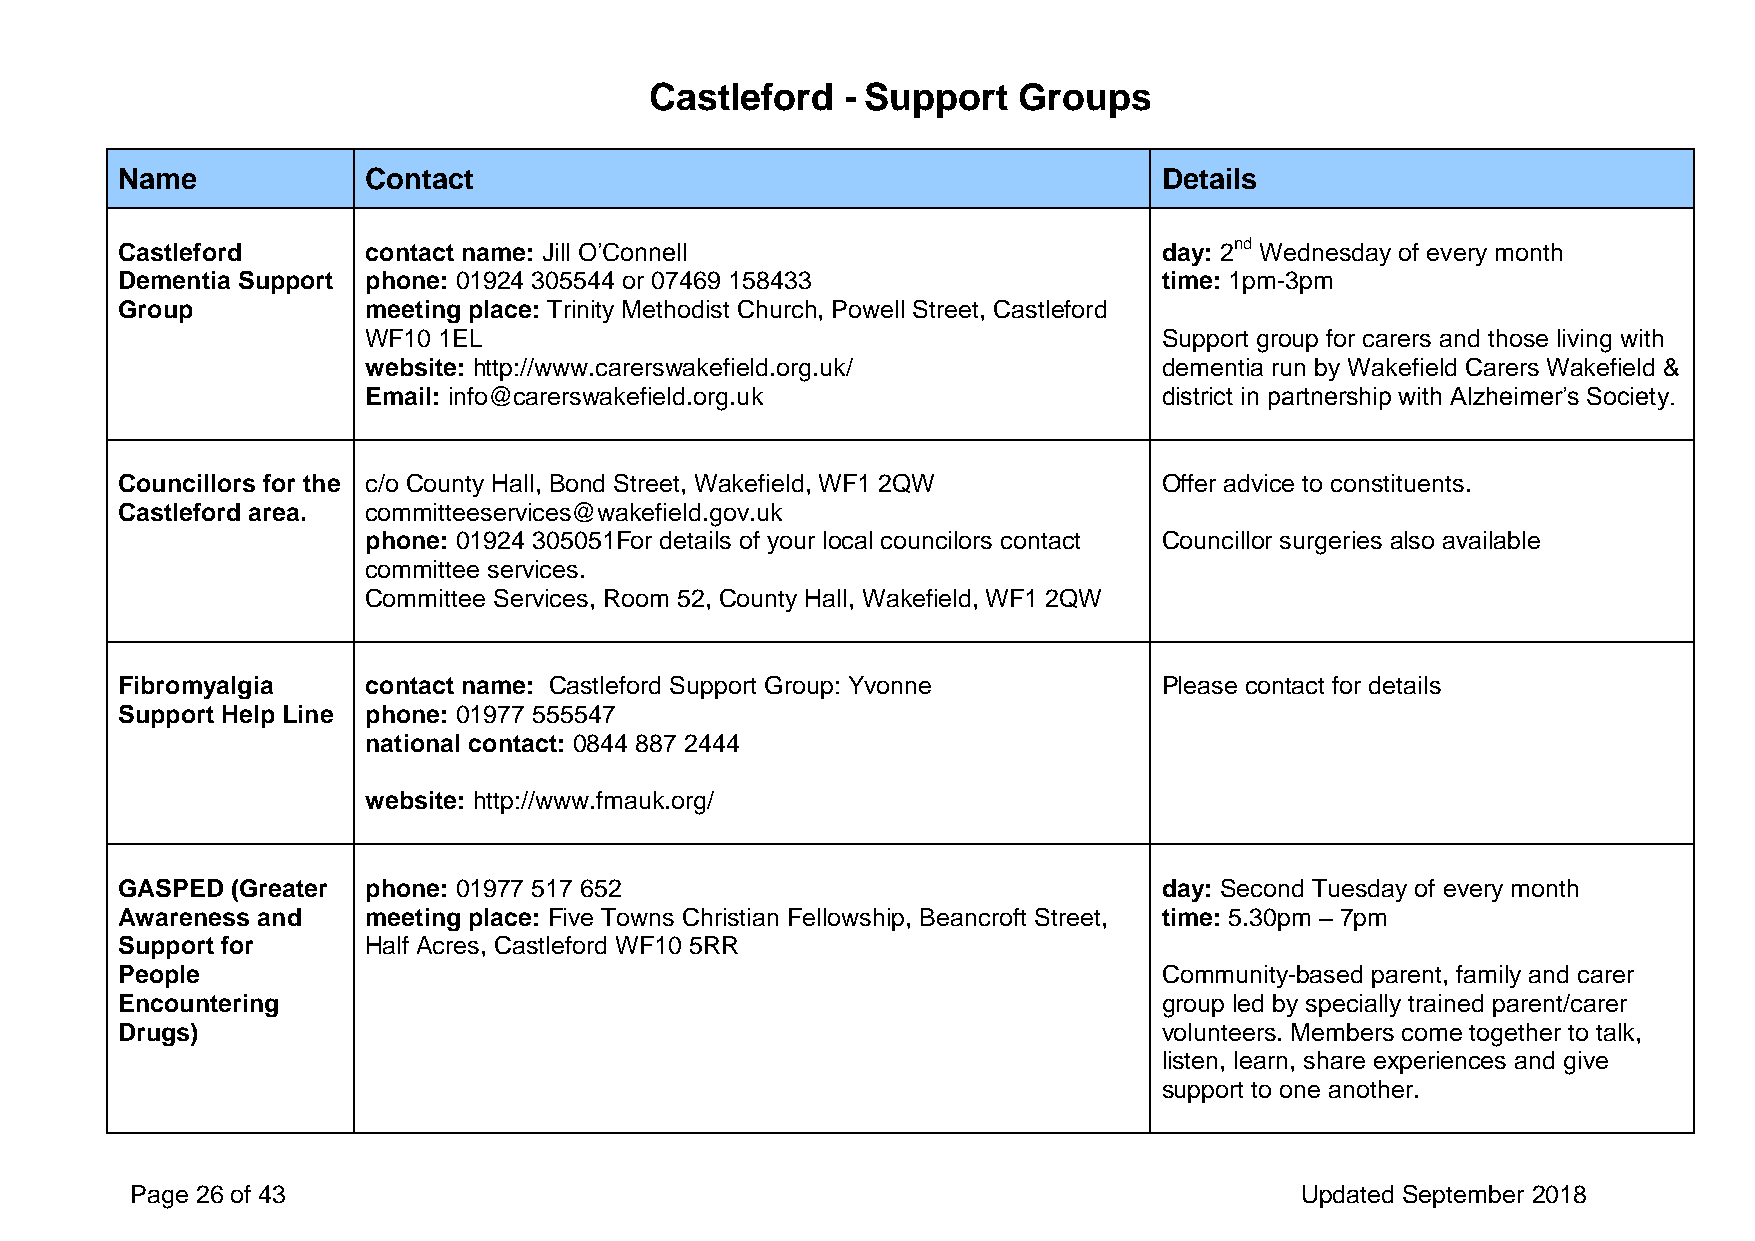
Castleford   - Support  Groups
 Name            Contact                                              Details
 Castleford      contact name: Jill O’Connell                         day: 2nd Wednesday of every month
 Dementia Support phone: 01924 305544 or 07469 158433                 time: 1pm-3pm
 Group           meeting place: Trinity Methodist Church, Powell Street, Castleford
 WF10 1EL                                             Support group for carers and those living with
 website: http://www.carerswakefield.org.uk/          dementia run by Wakefield Carers Wakefield &
 Email: info@carerswakefield.org.uk                   district in partnership with Alzheimer’s Society.
 Councillors for the c/o County Hall, Bond Street, Wakefield, WF1 2QW Offer advice to constituents.
 Castleford area. committeeservices@wakefield.gov.uk
 phone: 01924 305051For details of your local councilors contact Councillor surgeries also available
 committee services.
 Committee Services, Room 52, County Hall, Wakefield, WF1 2QW
 Fibromyalgia    contact name: Castleford Support Group: Yvonne       Please contact for details
 Support Help Line phone: 01977 555547
 national contact: 0844 887 2444
 website: http://www.fmauk.org/
 GASPED (Greater phone: 01977 517 652                                 day: Second Tuesday of every month
 Awareness and   meeting place: Five Towns Christian Fellowship, Beancroft Street, time: 5.30pm – 7pm
 Support for     Half Acres, Castleford WF10 5RR
 People                                                               Community-based parent, family and carer
 Encountering                                                         group led by specially trained parent/carer
 Drugs)                                                               volunteers. Members come together to talk,
 listen, learn, share experiences and give
 support to one another.
 Page 26 of 43                                                                Updated September 2018